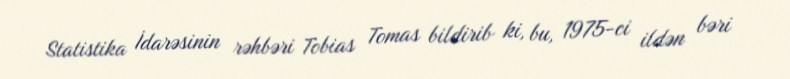
Statistika İdarəsinin rəhbəri Tobias Tomas bildirib ki, bu, 1975-ci ildən bəri